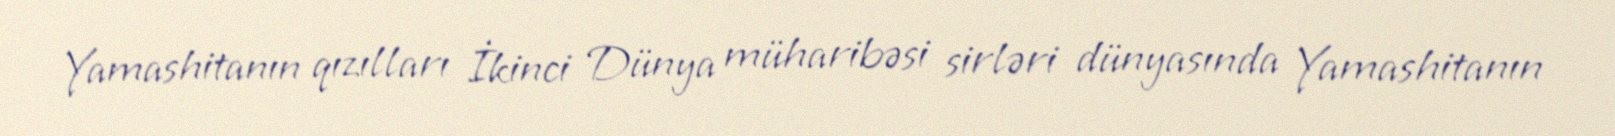
Yamashitanın qızılları İkinci Dünya müharibəsi sirləri dünyasında Yamashitanın